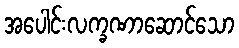
အပေါင်းလက္ခဏာဆောင်သော